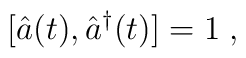
[\hat{a}(t),\hat{a}^\dag(t)]=1 \;,